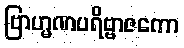
ဗြာဟ္မဏပရိဗ္ဗာဇကော